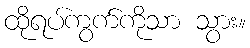
ထိုရပ်ကွက်ကိုသာ သွား။